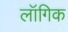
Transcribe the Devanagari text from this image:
लॉगिक